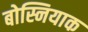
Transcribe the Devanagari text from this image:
बोस्नियाक